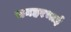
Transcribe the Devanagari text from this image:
मनहरभाई